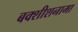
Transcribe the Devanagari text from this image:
बक्शीशनामा